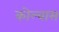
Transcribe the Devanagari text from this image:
कोल्बास